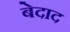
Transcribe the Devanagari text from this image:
बेदाद